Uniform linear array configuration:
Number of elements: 4
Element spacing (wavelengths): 1
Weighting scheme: uniform
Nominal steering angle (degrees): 0
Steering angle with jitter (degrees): -0.5896
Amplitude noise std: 0.05
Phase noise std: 0.05

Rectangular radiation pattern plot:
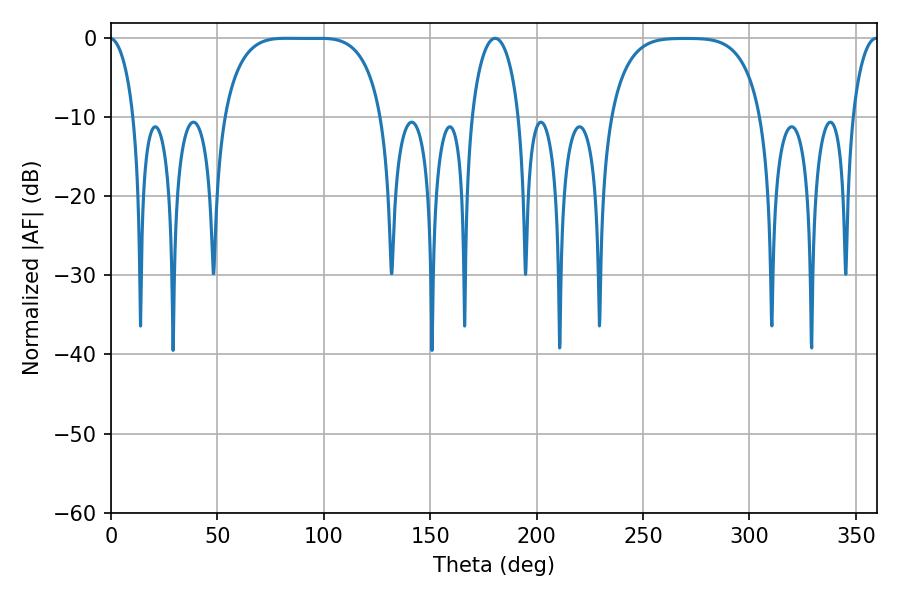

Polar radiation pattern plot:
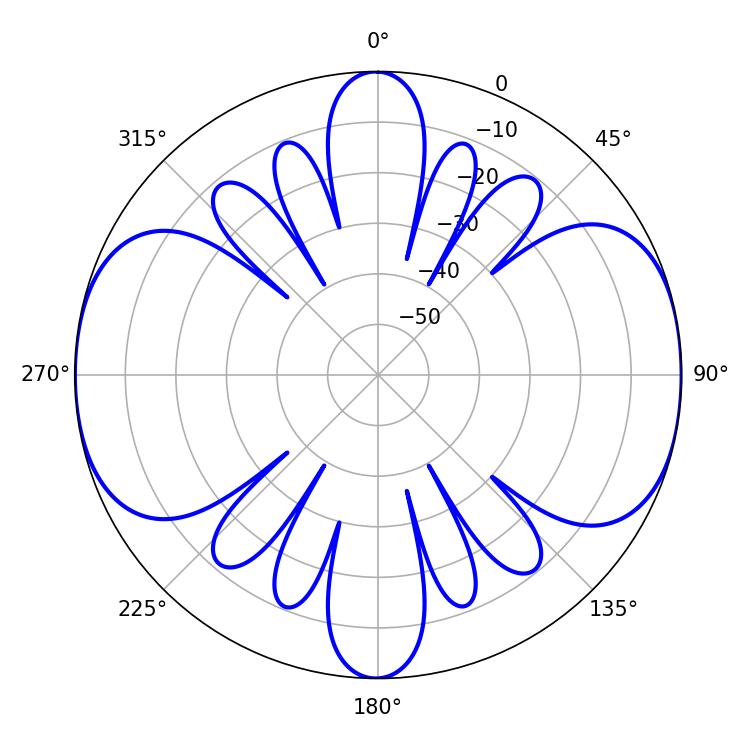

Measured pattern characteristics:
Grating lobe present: TRUE
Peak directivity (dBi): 14.416
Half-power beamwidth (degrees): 56.88
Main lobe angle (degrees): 82.44